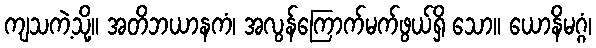
ကျသကဲ့သို့။ အတိဘယာနကံ၊ အလွန်ကြောက်မက်ဖွယ်ရှိ သော။ ယောနိမဂ္ဂံ၊